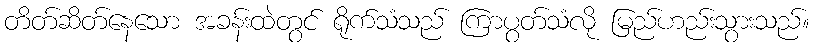
တိတ်ဆိတ်နေသော အခန်းထဲတွင် ရိုက်သံသည် ကြာပွတ်သံလို မြည်ဟည်းသွားသည်။